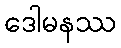
ဒေါမနဿ